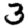
Digit: 3